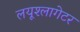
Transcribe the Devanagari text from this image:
लयूश्लागेटर